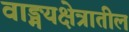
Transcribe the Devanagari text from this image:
वाङ्मयक्षेत्रातील